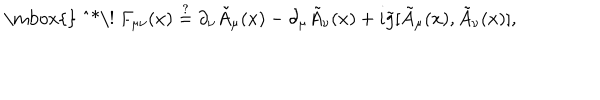
LaTeX: \mathrm { \mathrm { } ~ ^ { * } \! ~ } F _ { \mu \nu } ( x ) \stackrel { ? } { = } \partial _ { \nu } \tilde { A } _ { \mu } ( x ) - \partial _ { \mu } \tilde { A } _ { \nu } ( x ) + i \tilde { g } [ \tilde { A } _ { \mu } ( x ) , \tilde { A } _ { \nu } ( x ) ] ,